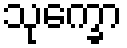
သုက္ခော